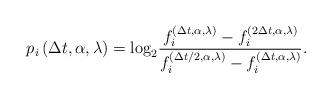
LaTeX: \begin{align*}p_i\left( {\Delta t,\alpha ,\lambda } \right) = {\log _2}\frac{{f_i^{\left( {\Delta t,\alpha ,\lambda } \right)} - f_i^{\left( {2\Delta t,\alpha ,\lambda } \right)}}}{{f_i^{\left( {\Delta t/2,\alpha ,\lambda } \right)} - f_i^{\left( {\Delta t,\alpha ,\lambda } \right)}}} .\end{align*}